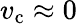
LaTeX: v_{\mathrm{c}}\approx 0